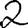
Digit: 2